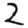
Digit: 2